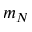
m _ { N }